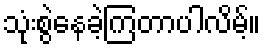
သုံးစွဲနေခဲ့ကြတာပါလိမ့်။